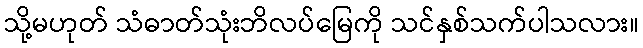
သို့မဟုတ် သံဓာတ်သုံးဘိလပ်မြေကို သင်နှစ်သက်ပါသလား။